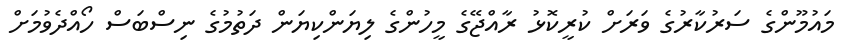
މައުމޫންގެ ސަރުކާރުގެ ވަރަށް ކުރީކޮޅު ރާއްޖޭގެ މީހުންގެ ލިޔަންކިޔަން ދަތުމުގެ ނިސްބަސް ހޯއްދެވުމަށް